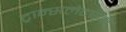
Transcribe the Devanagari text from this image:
ट्रान्सलेटर्सने